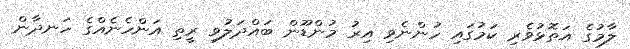
ލާމުގެ އަތޮޅުވެރި ކަމުގައި ހުންނެވި އިރު މުންޑޫން ބައްދަލުވި ރީތި އަންހެނެއްގެ ހަނދާން